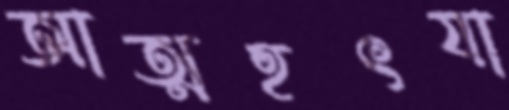
আত্মহৎযা